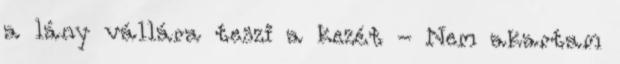
a lány vállára teszi a kezét - Nem akartam